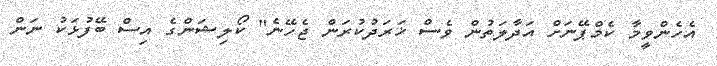
އެހެންވީމާ ކެމްޕޭނަށް އަދާލަތުން ވެސް ޚަރަދުކުރަން ޖެހޭނެ" ކޯލިޝަންގެ އިސް ބޭފުޅަކު ނަން